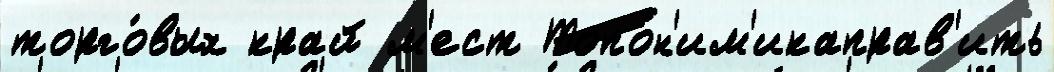
торго́вых край м'ест Топон'им'икаправ'ить